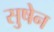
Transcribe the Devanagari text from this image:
सुषेन